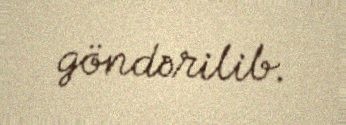
göndərilib.